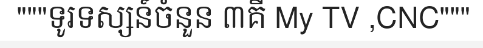
"""ទូរទស្សន៍ចំនួន ៣គឺ My TV ,CNC"""